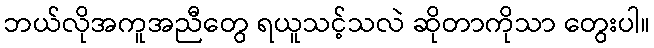
ဘယ်လိုအကူအညီတွေ ရယူသင့်သလဲ ဆိုတာကိုသာ တွေးပါ။